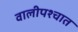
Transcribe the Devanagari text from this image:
वालीपश्चात